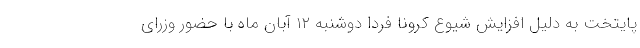
پایتخت به دلیل افزایش شیوع کرونا فردا دوشنبه ۱۲ آبان ماه با حضور وزرای